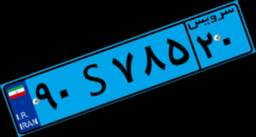
۸۷S۲۸۸۷۷